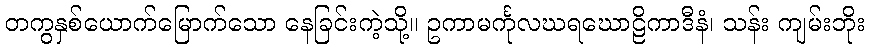
တကွနှစ်ယောက်မြောက်သော နေခြင်းကဲ့သို့။ ဥကာမင်္ကုလဃရဃောဠိကာဒီနံ၊ သန်း ကျမ်းဘိုး